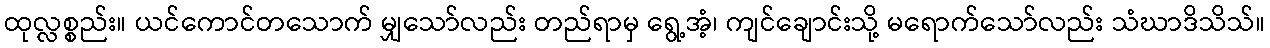
ထုလ္လစ္စည်း။ ယင်ကောင်တသောက် မျှသော်လည်း တည်ရာမှ ရွေ့အံ့၊ ကျင်ချောင်းသို့ မရောက်သော်လည်း သံဃာဒိသိသ်။